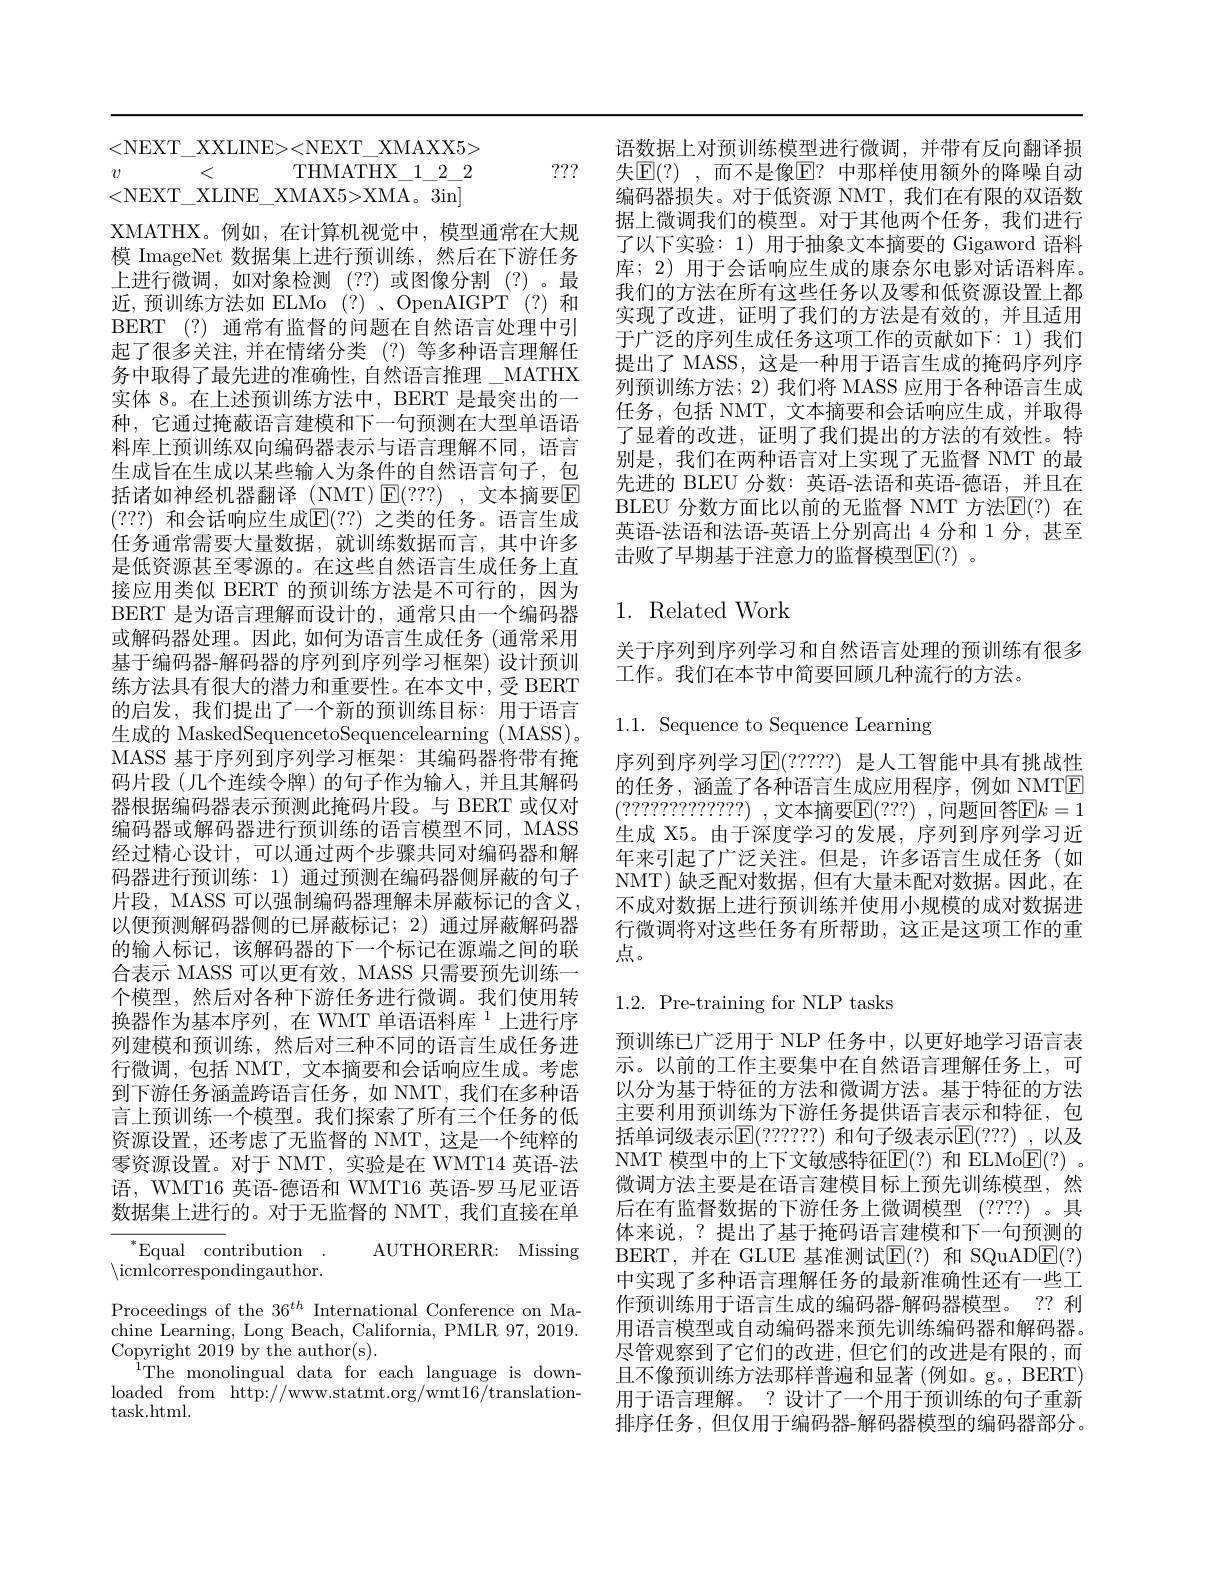
???
$$\begin{array}{c}<\text{NEXT_XXLINE><NEXT_XMAXX5>}\\v\quad<\quad\text{THMATHX_1_2_2}\\<\text{NEXT_XLINE_XMAX5>XMA。3in]}\end{array}$$
XMATHX。例如，在计算机视觉中，模型通常在大规模 ImageNet 数据集上进行预训练，然后在下游任务上进行微调，如对象检测(??)或图像分割(?)。最近，预训练方法如 ELMo (?)、OpenAIGPT (?)和BERT (?) 通常有监督的问题在自然语言处理中引起了很多关注，并在情绪分类(?)等多种语言理解任务中取得了最先进的准确性，自然语言推理\_MATHX 实体 8。在上述预训练方法中，BERT 是最突出的一种，它通过掩蔽语言建模和下一句预测在大型单语语料库上预训练双向编码器表示与语言理解不同，语言生成旨在生成以某些输入为条件的自然语言句子，包括诸如神经机器翻译(NMT)$\operatorname{E}(???)$,文本摘要回(???) 和会话响应生成$\mathbb{E}(??)$ 之类的任务。语言生成任务通常需要大量数据，就训练数据而言，其中许多是低资源甚至零源的。在这些自然语言生成任务上直接应用类似 BERT 的预训练方法是不可行的，因为BERT 是为语言理解而设计的，通常只由一个编码器或解码器处理。因此，如何为语言生成任务 (通常采用基于编码器-解码器的序列到序列学习框架) 设计预训练方法具有很大的潜力和重要性。在本文中，受 BERT 的启发，我们提出了一个新的预训练目标：用于语言生成的 MaskedSequencetoSequencelearning ( MASS)。MASS 基于序列到序列学习框架：其编码器将带有掩码片段(几个连续令牌)的句子作为输入，并且其解码器根据编码器表示预测此掩码片段。与 BERT 或仅对编码器或解码器进行预训练的语言模型不同，MASS 经过精心设计，可以通过两个步骤共同对编码器和解码器进行预训练：1) 通过预测在编码器侧屏蔽的句子片段，MASS 可以强制编码器理解未屏蔽标记的含义， 以便预测解码器侧的已屏蔽标记；2) 通过屏蔽解码器的输入标记，该解码器的下一个标记在源端之间的联合表示 MASS 可以更有效，MASS 只需要预先训练一个模型，然后对各种下游任务进行微调。我们使用转换器作为基本序列，在 WMT 单语语料库 $^{1}$上进行序列建模和预训练，然后对三种不同的语言生成任务进行微调，包括 NMT, 文本摘要和会话响应生成。考虑到下游任务涵盖跨语言任务，如 NMT, 我们在多种语言上预训练一个模型。我们探索了所有三个任务的低资源设置，还考虑了无监督的 NMT, 这是一个纯粹的零资源设置。对于 NMT, 实验是在 WMT14 英语-法语，WMT16 英语-德语和 WMT16 英语-罗马尼亚语数据集上进行的。对于无监督的 NMT,我们直接在单
AUTHORERR: Missing
$^*$Equal contribution

${\langle\mathrm{icmlcorrespondingauthor}.}$

Proceedings of the 36$^{th}$ International Conference on Machine Learning, Long Beach, California, PMLR 97, 2019. Copyright 2019 by the author(s).
$^{1}$The monolingual data for each language is downloaded from http://www.statmt.org/wmt16/translationtask. html.

语数据上对预训练模型进行微调，并带有反向翻译损失$\mathbb{E} ( ? )$ ,而不是像$\mathbb{E} ?$ 中那样使用额外的降噪自动编码器损失。对于低资源 NMT,我们在有限的双语数据上微调我们的模型。对于其他两个任务，我们进行了以下实验：1) 用于抽象文本摘要的 Gigaword 语料库；2) 用于会话响应生成的康奈尔电影对话语料库。我们的方法在所有这些任务以及零和低资源设置上都实现了改进，证明了我们的方法是有效的，并且适用于广泛的序列生成任务这项工作的贡献如下：1)我们提出了 MASS, 这是一种用于语言生成的掩码序列序列预训练方法；2) 我们将 MASS 应用于各种语言生成任务，包括 NMT, 文本摘要和会话响应生成，并取得了显着的改进，证明了我们提出的方法的有效性。特别是，我们在两种语言对上实现了无监督 NMT 的最先进的 BLEU 分数：英语-法语和英语-德语，并且在BLEU 分数方面比以前的无监督 NMT 方法$\mathbb{E}(?)$ 在英语-法语和法语-英语上分别高出 4 分和 1 分，甚至击败了早期基于注意力的监督模型$\mathbb{E}(?)$。

## 1. Related Work

关于序列到序列学习和自然语言处理的预训练有很多
工作。我们在本节中简要回顾几种流行的方法。

1.1. Sequence to Sequence Learning

序列到序列学习$\operatorname{E}(????)$ 是人工智能中具有挑战性的任务，涵盖了各种语言生成应用程序，例如 NMTE (?????????????) ,文本摘要$\mathbb{E}(???)$ ,问题回答$\mathbb{E}k=1$ 生成 X5。由于深度学习的发展，序列到序列学习近年来引起了广泛关注。但是，许多语言生成任务(如NMT) 缺乏配对数据，但有大量未配对数据。因此，在不成对数据上进行预训练并使用小规模的成对数据进行微调将对这些任务有所帮助，这正是这项工作的重点。

# 1.2. Pre-training for NLP tasks

预训练已广泛用于 NLP 任务中，以更好地学习语言表示。以前的工作主要集中在自然语言理解任务上，可以分为基于特征的方法和微调方法。基于特征的方法主要利用预训练为下游任务提供语言表示和特征，包括单词级表示$\operatorname{E}(??????)$ 和句子级表示$\operatorname{E}(???)$ ,以及NMT 模型中的上下文敏感特征$\mathbb{E}(?)$ 和 ELMo$\mathbb{E}(?)$ 。微调方法主要是在语言建模目标上预先训练模型，然后在有监督数据的下游任务上微调模型(????)。具体来说，?提出了基于掩码语言建模和下一句预测的BERT,并在 GLUE 基准测试$\mathbb{E}(?)$ 和 SQuAD$\boxed{\mathbb{E}}(?)$ 中实现了多种语言理解任务的最新准确性还有一些工作预训练用于语言生成的编码器-解码器模型。?? 利用语言模型或自动编码器来预先训练编码器和解码器。尽管观察到了它们的改进，但它们的改进是有限的，而且不像预训练方法那样普遍和显著(例如。g。,BERT) 用于语言理解。?设计了一个用于预训练的句子重新排序任务，但仅用于编码器-解码器模型的编码器部分。